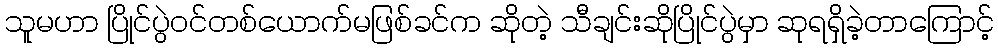
သူမဟာ ပြိုင်ပွဲဝင်တစ်ယောက်မဖြစ်ခင်က ဆိုတဲ့ သီချင်းဆိုပြိုင်ပွဲမှာ ဆုရရှိခဲ့တာကြောင့်